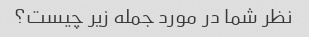
نظر شما در مورد جمله زیر چیست؟